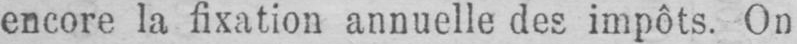
encore la fixation annuelle des impôts. On